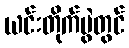
ယင်းတိုက်ပွဲတွင်